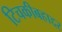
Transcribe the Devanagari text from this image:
टिचकीबहाद्दर